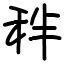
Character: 秚